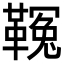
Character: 𩌑